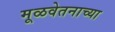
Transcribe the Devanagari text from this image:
मूळवेतनाच्या